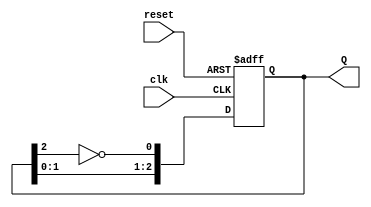
module johnson_counter #(parameter N = 3) (
    input wire clk,          // Clock signal
    input wire reset,        // Asynchronous reset signal
    output reg [N-1:0] Q     // Output state of the counter
);

    always @(posedge clk or posedge reset) begin
        if (reset) begin
            // Asynchronous reset: set all flip-flops to 0
            Q <= 0;
        end else begin
            // Shift the state and feedback the inverted last flip-flop output
            Q <= {Q[N-2:0], ~Q[N-1]};
        end
    end

endmodule